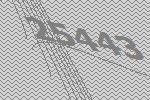
25443